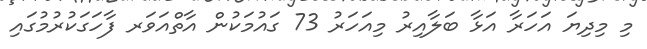
މި މިދިޔަ އަހަރާ އަޅާ ބަލާއިރު މިއަހަރު 73 ގައުމަކުން އާތްއަވަރ ފާހަގަކުރުމުގައި